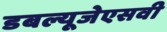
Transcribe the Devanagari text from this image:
डबल्यूजेएसवी